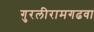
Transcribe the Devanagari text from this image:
गुरलीरामगढवा